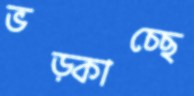
ভড়্‌কাচ্ছে